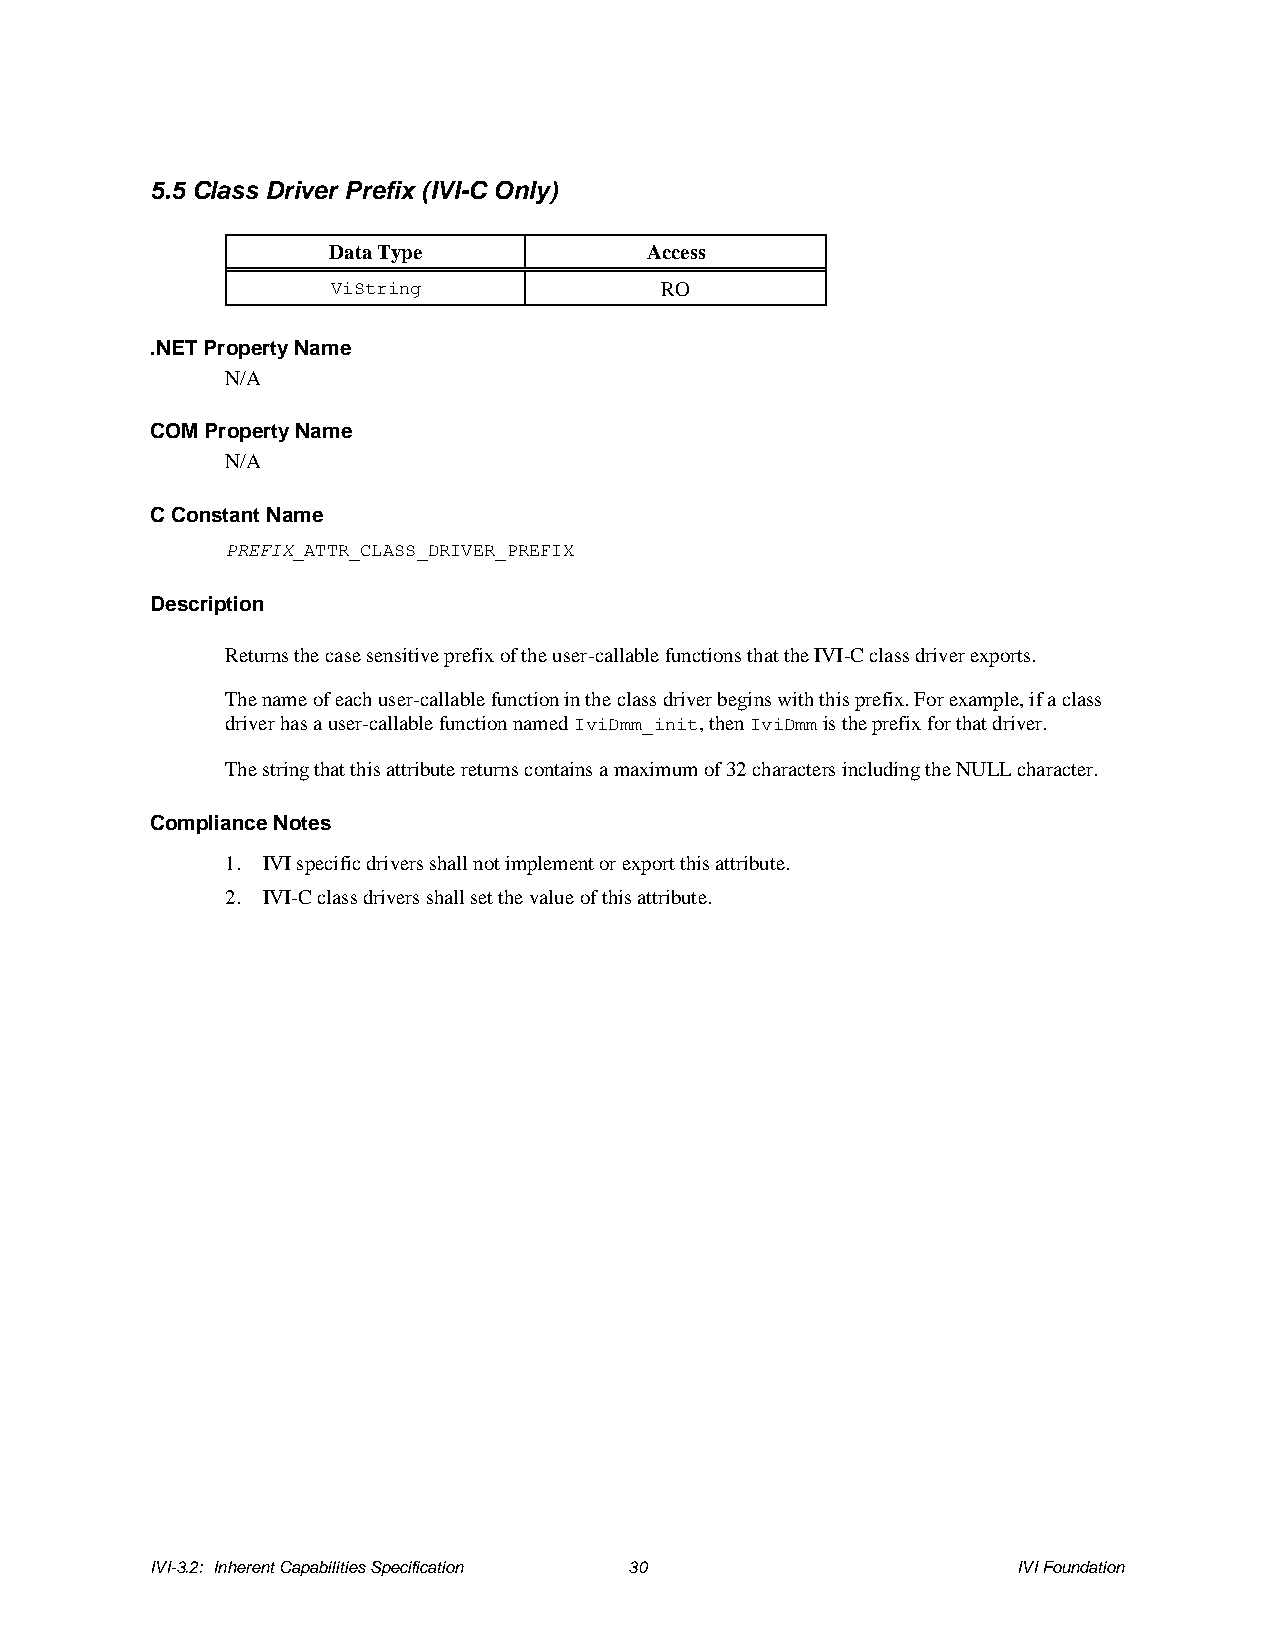
5.5 Class Driver Prefix (IVI-C Only)
 Data Type            Access
 ViString              RO
 .NET Property Name
 N/A
 COM Property Name
 N/A
 C Constant Name
 PREFIX_ATTR_CLASS_DRIVER_PREFIX
 Description
 Returns the case sensitive prefix of the user-callable functions that the IVI-C class driver exports.
 The name of each user-callable function in the class driver begins with this prefix. For example, if a class
 driver has a user-callable function named IviDmm_init, then IviDmm is the prefix for that driver.
 The string that this attribute returns contains a maximum of 32 characters including the NULL character.
 Compliance Notes
 1. IVI specific drivers shall not implement or export this attribute.
 2. IVI-C class drivers shall set the value of this attribute.
 IVI-3.2: Inherent Capabilities Specification 30          IVI Foundation